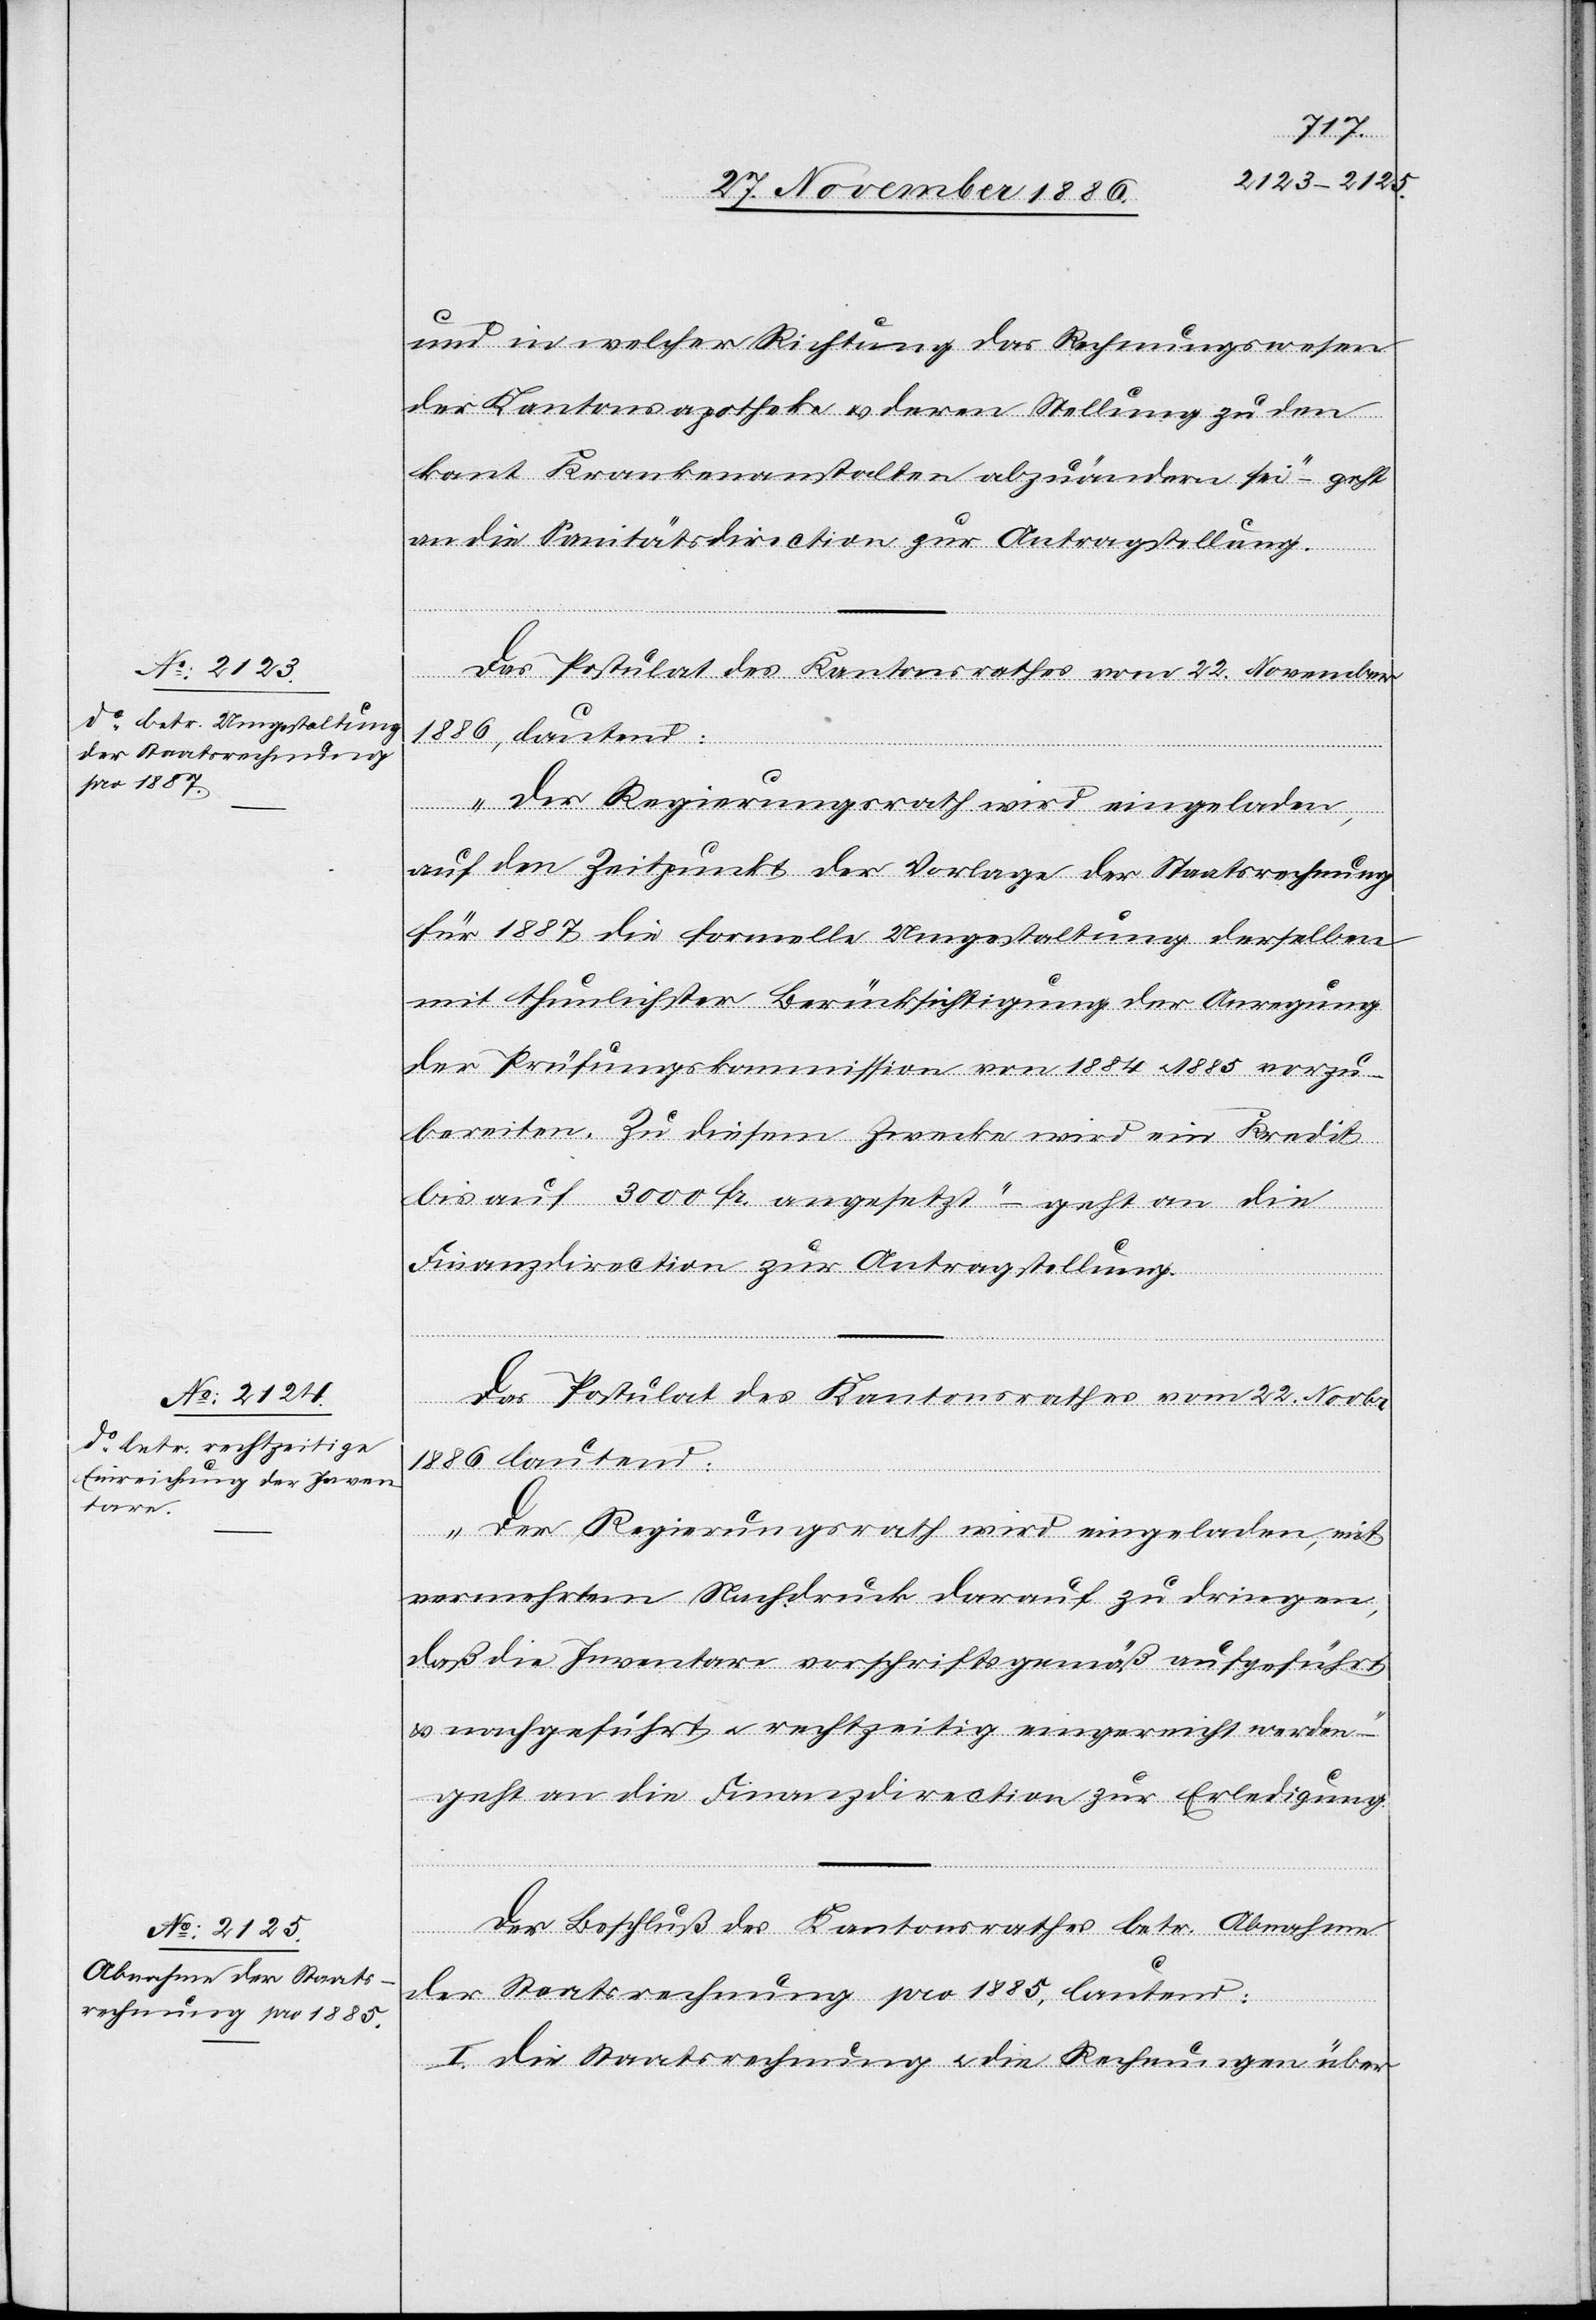
und in welcher Richtung das Rechnungswesen
der Kantonsapotheke & deren Stellung zu den
kant. Krankenanstalten abzuändern sei“ – geht
an die Sanitätsdirection zur Antragstellung.
Das Postulat des Kantonsrathes vom 22. November
1886, lautend:
„Der Regierungsrath wird eingeladen,
auf den Zeitpunkt der Vorlage der Staatsrechnung
für 1887 die formelle Umgestaltung derselben
mit thunlichster Berücksichtigung der Anregung
der Prüfungskommission von 1884 & 1885 vorzu¬
bereiten. Zu diesem Zwecke wird ein Kredit
bis auf 3000 Fr. angesetzt“ – geht an die
Finanzdirection zur Antragstellung.
Das Postulat des Kantonsrathes vom 22. Novbr.
1886 lautend:
„Der Regierungsrath wird eingeladen, mit
vermehrtem Nachdruck darauf zu dringen,
daß die Inventare vorschriftsgemäß aufgeführt
& nachgeführt & rechtzeitig eingereicht werden –“
geht an die Finanzdirection zur Erledigung.
Der Beschluß des Kantonsrathes betr. Abnahme
der Staatsrechnung pro 1885, lautend:
I. Die Staatsrechnung & die Rechnungen über